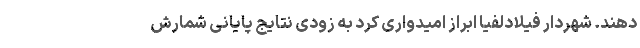
دهند. شهردار فیلادلفیا ابراز امیدواری کرد به زودی نتایج پایانی شمارش